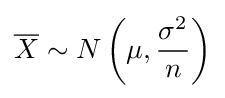
{\overline {X}}\sim N\left(\mu ,{\frac {\sigma ^{2}}{n}}\right)